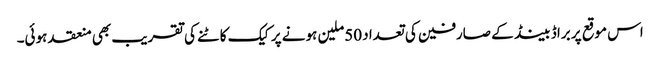
اس موقع پر براڈ بینڈ کے صارفین کی تعداد 50ملین ہونے پر کیک کاٹنے کی تقریب بھی منعقد ہوئی۔